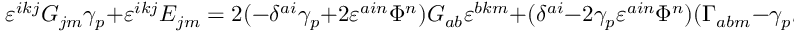
\varepsilon ^ { i k j } G _ { j m } \gamma _ { p } + \varepsilon ^ { i k j } E _ { j m } = 2 ( - \delta ^ { a i } \gamma _ { p } + 2 \varepsilon ^ { a i n } \Phi ^ { n } ) G _ { a b } \varepsilon ^ { b k m } + ( \delta ^ { a i } - 2 \gamma _ { p } \varepsilon ^ { a i n } \Phi ^ { n } ) ( \Gamma _ { a b m } - \gamma _ { p } S _ { a b m } ) ( \delta ^ { b k } - 2 \gamma _ { p } \varepsilon ^ { b k s } \Phi ^ { s } ) ,